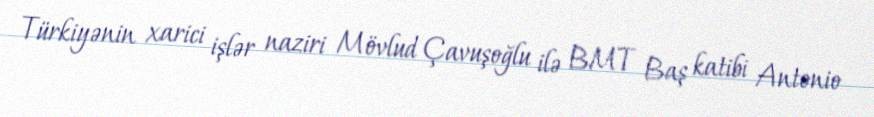
Türkiyənin xarici işlər naziri Mövlud Çavuşoğlu ilə BMT Baş katibi Antonio